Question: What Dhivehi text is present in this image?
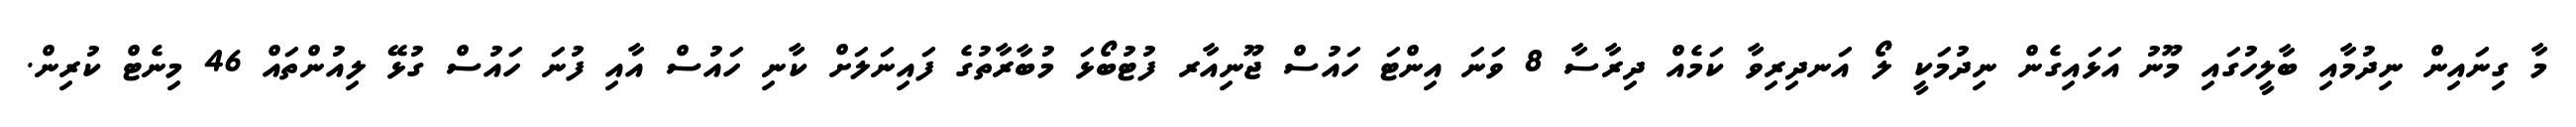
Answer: މާ ގިނައިން ނިދުމާއި ބާލީހުގައި މޫނު އަޅައިގެން ނިދުމަކީ ލޯ އަނދިރިވާ ކަމެއް ދިރާސާ 8 ވަނަ އިންޓަ ހައުސް ޖޫނިއާރ ފުޓުބޯޅަ މުބާރާތުގެ ފައިނަލަށް ކާނި ހައުސް އާއި ފުނަ ހައުސް ގުޅޭ ލިއުންތައް 46 މިނެޓް ކުރިން.